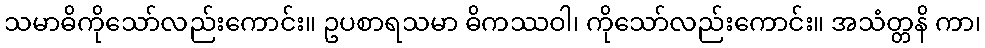
သမာဓိကိုသော်လည်းကောင်း။ ဥပစာရသမာ ဓိကဿဝါ၊ ကိုသော်လည်းကောင်း။ အသံတ္တနိ ကာ၊